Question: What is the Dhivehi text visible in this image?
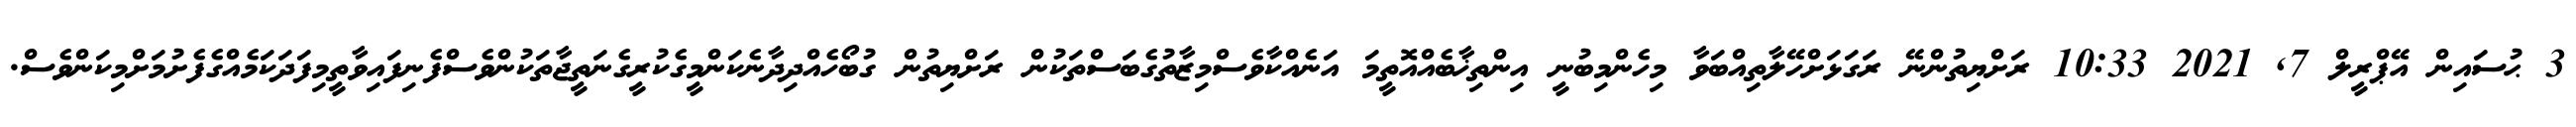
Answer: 3 ޙުސައިން އޭޕްރީލް 7, 2021 10:33 ރަށްޔިތުންނޭ ރަގަޅަށްހޭލާތިއްބަވާ މިހެންމިބުނީ އިންތިޚާބެއްއޮތީމަ އަނެއްކާވެސްމިޒާތުގެބަސްތަކުން ރަށްޔިތުން ގުބޯހެއްދިދާނެކަންމީގެކުރީގެނަތީޖާތަކުންވެސްފެނިފައިވާތީމިފަދަކަމެއްގެފެށުމަށްމިކަންވެސް.